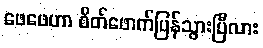
ဖေဖေဟာ စိတ်ဖောက်ပြန်သွားပြီလား